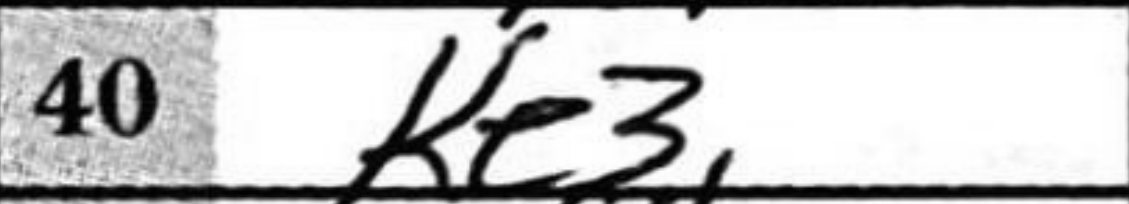
Transcription: Ke3